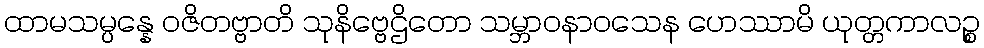
ထာမသမ္ပန္နေ ဝဇိတဗ္ဗာတိ သုနိဗ္ဗေဌိတော သမ္ဘာဝနာဝသေန ဟေဿာမိ ယုတ္တကာလဉ္စ